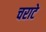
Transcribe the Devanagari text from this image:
चराटे